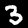
Digit: 3